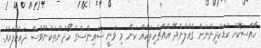
ހާއްސަކޮށް ކުޑަކުދިންނަށް ގެއްލުންދޭ އެއްޗެހިތަކެއް ކަން މި ވަނީ ސައިންސްގެ ހޯދުންތަކުންވެސް ދައްކާފައެވެ.